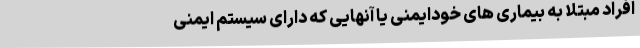
افراد مبتلا به بیماری های خودایمنی یا آنهایی که دارای سیستم ایمنی